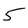
Character: 5